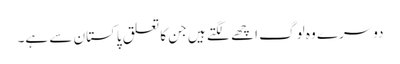
دوسرے وہ لوگ اچھے لگتے ہیں جن کا تعلق پاکستان سے ہے۔